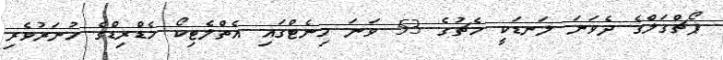
ޕޯޗްގަލްގެ ދެވަނަ ލަނޑަކީ މެޗުގެ 53 ވަނަ މިނެޓްގައި އެތްލެޓިކޯ މެޑްރިޑްގެ ހުނަރުވެރި